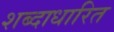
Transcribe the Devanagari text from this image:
शब्दाधारित